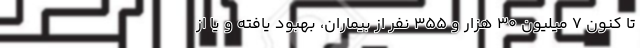
تا کنون ۷ میلیون ۳۰ هزار و ۳۵۵ نفر از بیماران، بهبود یافته و یا از